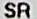
SR